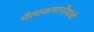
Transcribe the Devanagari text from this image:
चैत्यकमानीमध्ये